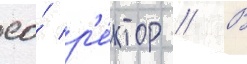
ео́ р'е́ктор // В